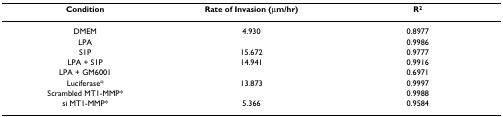
<table><thead><tr><td><b>Condition</b></td><td><b>Rate of Invasion (μm/hr)</b></td><td><b>R<sup>2</sup></b></td></tr></thead><tbody><tr><td>DMEM</td><td>4.930</td><td>0.8977</td></tr><tr><td>LPA</td><td>[EMPTY_CELL]</td><td>0.9986</td></tr><tr><td>S1P</td><td>15.672</td><td>0.9777</td></tr><tr><td>LPA + S1P</td><td>14.941</td><td>0.9916</td></tr><tr><td>LPA + GM6001</td><td>[EMPTY_CELL]</td><td>0.6971</td></tr><tr><td>Luciferase*</td><td>13.873</td><td>0.9997</td></tr><tr><td>Scrambled MT1-MMP*</td><td>[EMPTY_CELL]</td><td>0.9988</td></tr><tr><td>si MT1-MMP*</td><td>5.366</td><td>0.9584</td></tr></tbody></table>